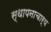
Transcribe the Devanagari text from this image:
स्थापनाचार्य